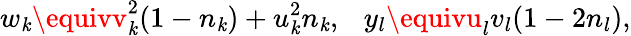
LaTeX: w_{\mathit{k}}\equivv_{\mathit{k}}^{2}(1-n_{\mathit{k}})+u_{\mathit{k}}^{2}n_{\mathit{k}},~~~y_{l}\equivu_{l}v_{l}(1-2n_{l}),